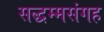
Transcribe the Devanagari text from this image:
सद्धम्मसंगह